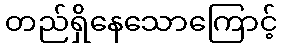
တည်ရှိနေသောကြောင့်